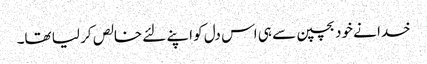
خدا نے خود بچپن سے ہی اس دل کو اپنے لئے خالص کر لیا تھا۔